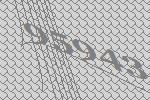
95943